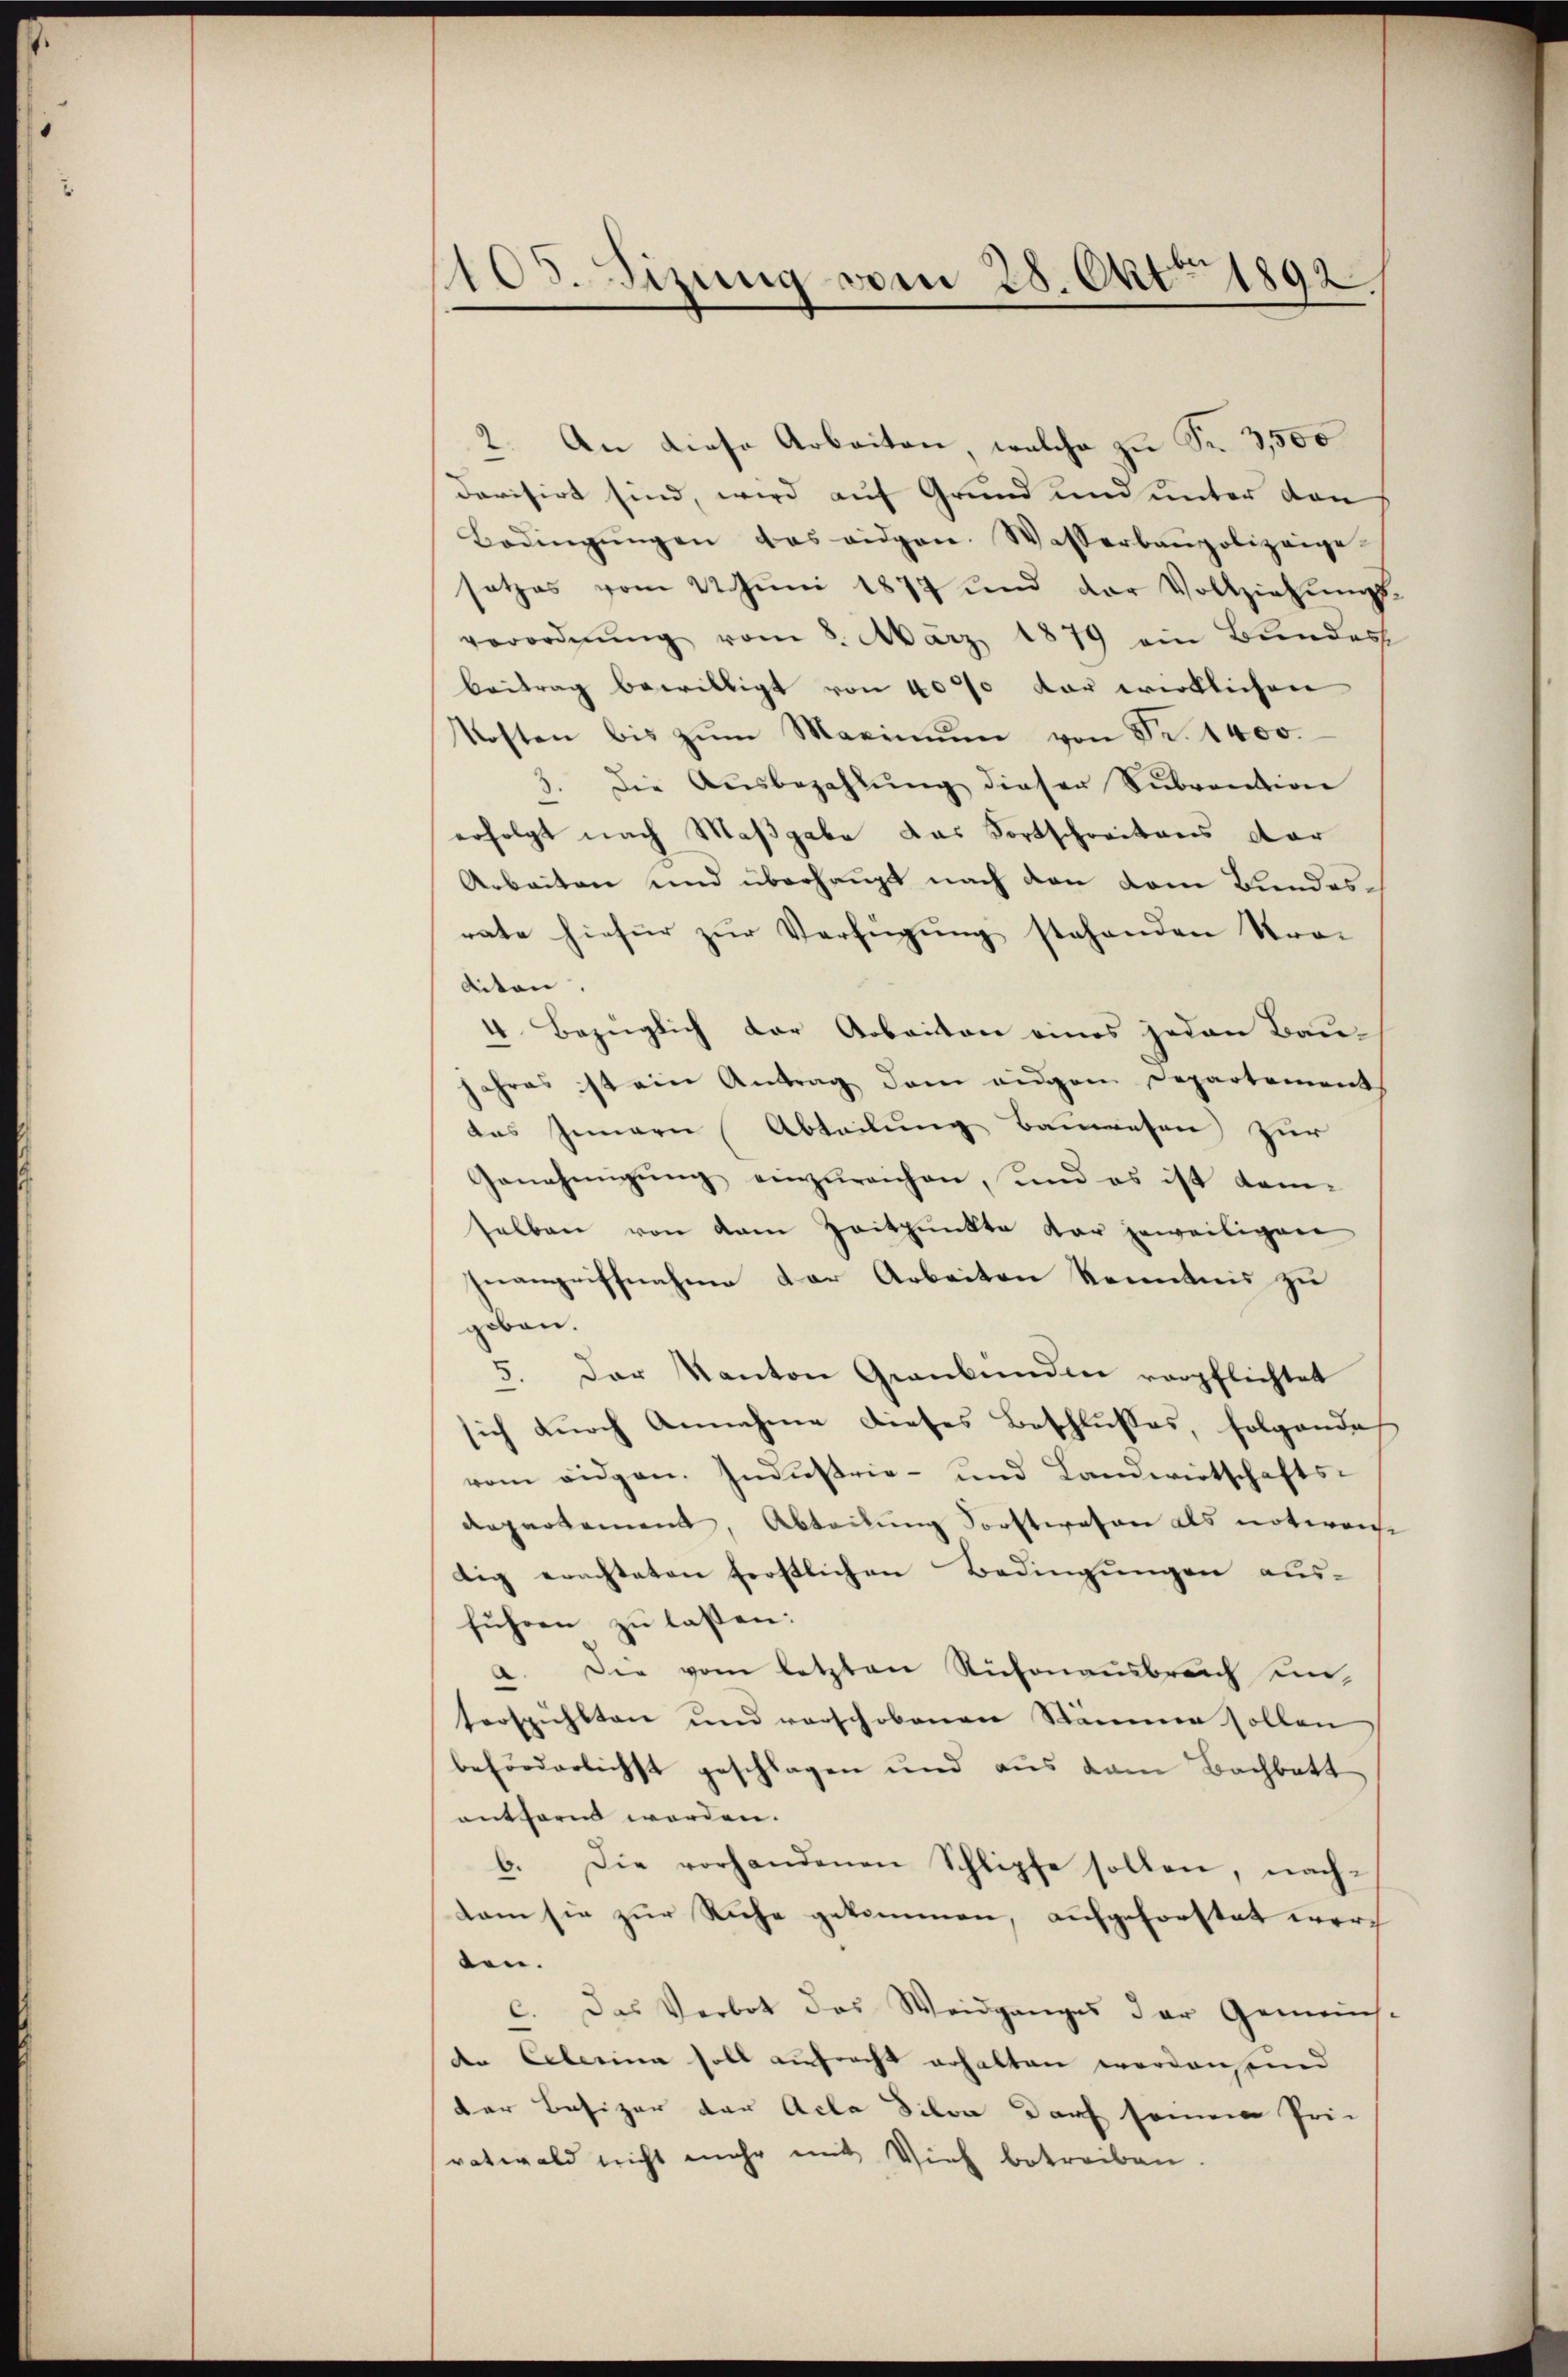
¬
108. Sizung vom 28. Okt. 1892.

2. An diese Arbeiten welche zu Fr. 3,500
devisirt sind, wird auf Grund und unter den
Bedingŭngen das eidgen. Wasserbaupolizeige
setzes vom 22 Juni 1877 und der Vollziehungsverordnŭng vom 8. März 1879 ein Bŭndes
beitrag bewilligt von 4000 der wirklichen
Kosten bis zŭm Maximŭm von Fr. 1400.
3. Die Aŭsbezahlŭng dieser Sŭbvention
erfolgt nach Maßgabe das Fortschreitens dar
Arbeiten und überhaupt nach den vom Bundesrate hiefür zur Verfügung stehenden Stra-
diten.
4. Bezüglich der Arbeiten eines jeden Bau-
Jahres ist ein Antrag dem eidgem Departement
das Innern Abteilung bauwesen zur
Genehmigŭng einzureichen, und es ist dam-
selben von dem Zeitpunkte dar jeweiligen
zuangriffnahme der Arbeiten kenntnis zu
geben.
5. Der Kanton Graubünden verpflichtet
sich durch Annahme dieses Beschlusses, folgende
vom eidgen. Industrie- und Landwirtschafts-
departement, Abteilung Forstwesen als notwense
tig erachteten ferstlichen Bedingungen aus-
führen zu lassen:
a. Die vom letzten Sichenausbruch einterspühlten und verschobenen Räumen sollen
beförderlichst geschlagen und aus dem Bachbatt
entfernt worden.
6. Die vorhandenen Schlipfe sollen, nach-
kam sie zur Ruhe gekommen, aufgeforstet wurd
den.
c. Das Verbot das Weidganges der Gemeins-
der Eclerina soll aufrecht erhalten worden, und
der Besizer der Acta dilon darf seinem Prie
ratwald nicht mehr mit Vieh betreiben.